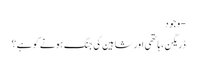
- وجود
ڈریگن ،ہاتھی اور شاہین کی جنگ ہونے کو ہے؟